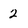
Character: 2